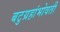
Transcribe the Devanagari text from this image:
बटुग्रहांभोवती